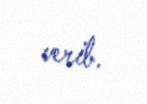
verib.